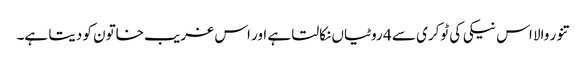
تنور والا اس نیکی کی ٹوکری سے 4 روٹیاں نکالتا ہے اور اس غریب خاتون کو دیتا ہے۔